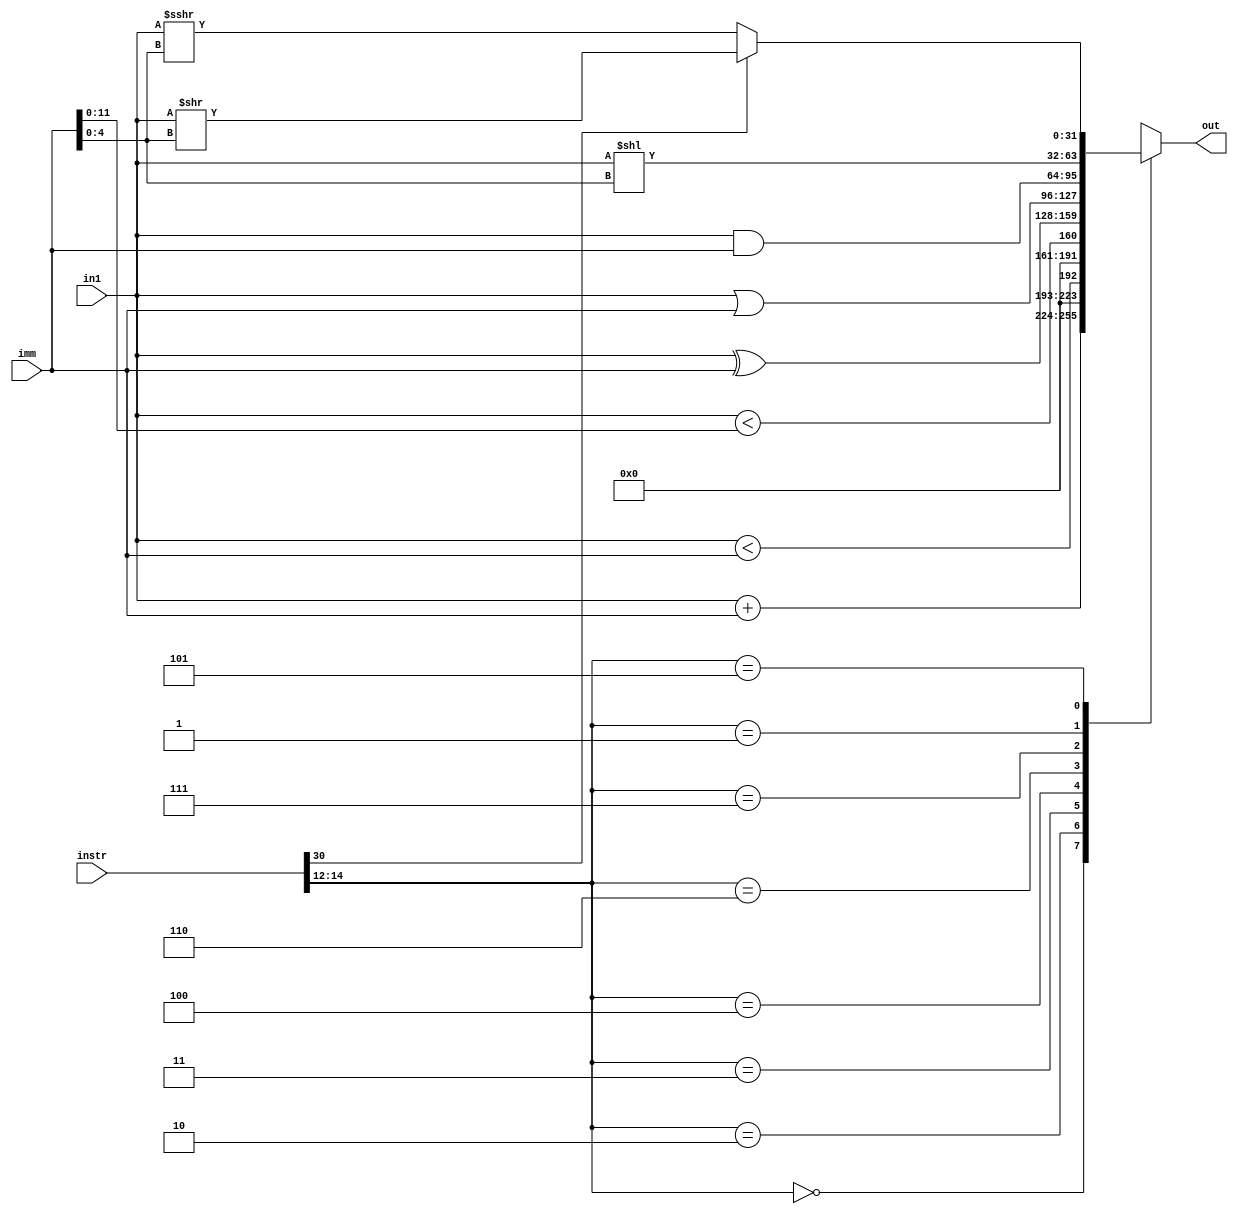
`timescale 1ns / 1ps

//Module for immediate instructions
module I_type(
    input [31:0] instr,
    input signed [31:0] in1,
    input signed [31:0] imm,
    output reg [31:0] out
);
    wire [31:0] tmp1;
    wire [11:0] tmp2;
    assign tmp1 = in1;
    assign tmp2 = imm;
    always @(instr or in1 or imm) 
    begin
    	case(instr[14:12])
        3'b000: out = in1+imm;          //addi
        3'b010: out = in1<imm;          //slti
        3'b011: out= tmp1<tmp2;         //sltiu
        3'b100: out = in1 ^ imm;        //xori
        3'b110: out = in1 | imm;        //ori
        3'b111: out = in1 & imm;        //andi
        3'b001: out = in1<<imm[4:0];    //slli
        3'b101:
        begin
            if(instr[30])           //srli
               out = in1>>imm[4:0]; 
            else                    //srai
               out = in1>>>imm[4:0];
        end
        endcase
    end
endmodule